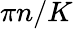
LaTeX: \pi n/K